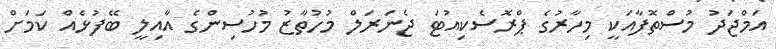
އަމްޖަދު މުސްތޮފާއަކީ މިހާރުގެ ޕްރޮސެކިއުޓަ ޖެނަރަލް މުހުތާޒު މުހުސިންގެ އާއިލީ ބޭފުޅެއް ކަަމަށް